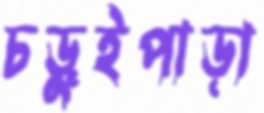
চড়ুইপাড়া